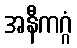
အနီကဂ္ဂံ